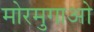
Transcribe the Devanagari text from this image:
मोरमुगाओ